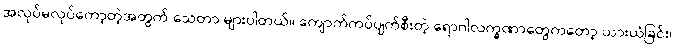
အလုပ်မလုပ်တော့တဲ့အတွက် သေတာ များပါတယ်။ ကျောက်ကပ်ပျက်စီးတဲ့ ရောဂါလက္ခဏာတွေကတော့ ယားယံခြင်း၊